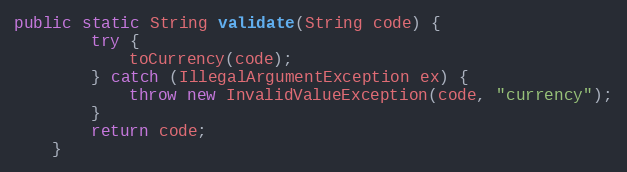
Language: Java
public static String validate(String code) {
        try {
            toCurrency(code);
        } catch (IllegalArgumentException ex) {
            throw new InvalidValueException(code, "currency");
        }
        return code;
    }